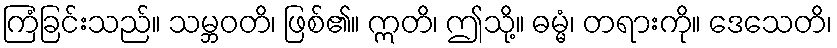
ကြံခြင်းသည်။ သမ္ဘဝတိ၊ ဖြစ်၏။ ဣတိ၊ ဤသို့။ ဓမ္မံ၊ တရားကို။ ဒေသေတိ၊